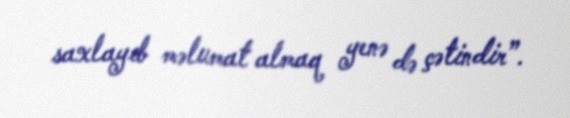
saxlayıb məlumat almaq yenə də çətindir”.